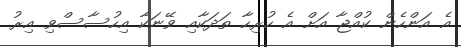
އެ އަންހެން ކުއްޖާ އަށް އެ ހުރިހާ ތަދަކާއި ވޭނަކާ އިހުސާސްވި އިރު